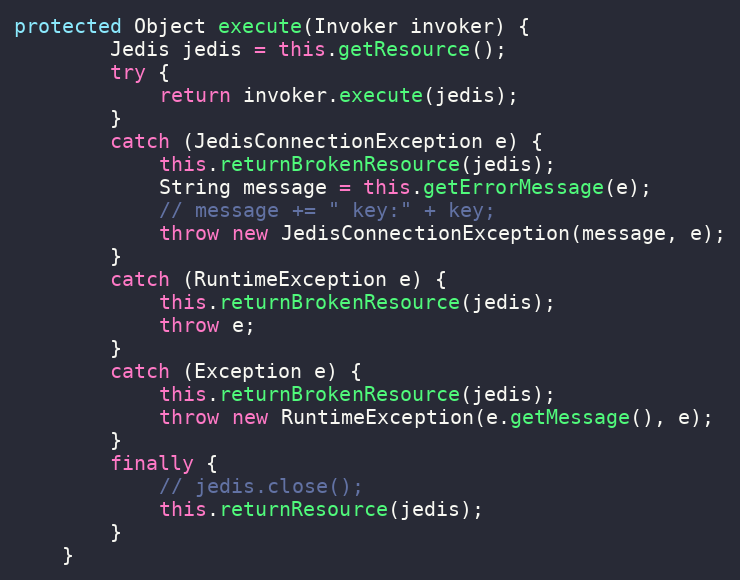
Language: Java
protected Object execute(Invoker invoker) {
		Jedis jedis = this.getResource();
		try {
			return invoker.execute(jedis);
		}
		catch (JedisConnectionException e) {
			this.returnBrokenResource(jedis);
			String message = this.getErrorMessage(e);
			// message += " key:" + key;
			throw new JedisConnectionException(message, e);
		}
		catch (RuntimeException e) {
			this.returnBrokenResource(jedis);
			throw e;
		}
		catch (Exception e) {
			this.returnBrokenResource(jedis);
			throw new RuntimeException(e.getMessage(), e);
		}
		finally {
			// jedis.close();
			this.returnResource(jedis);
		}
	}